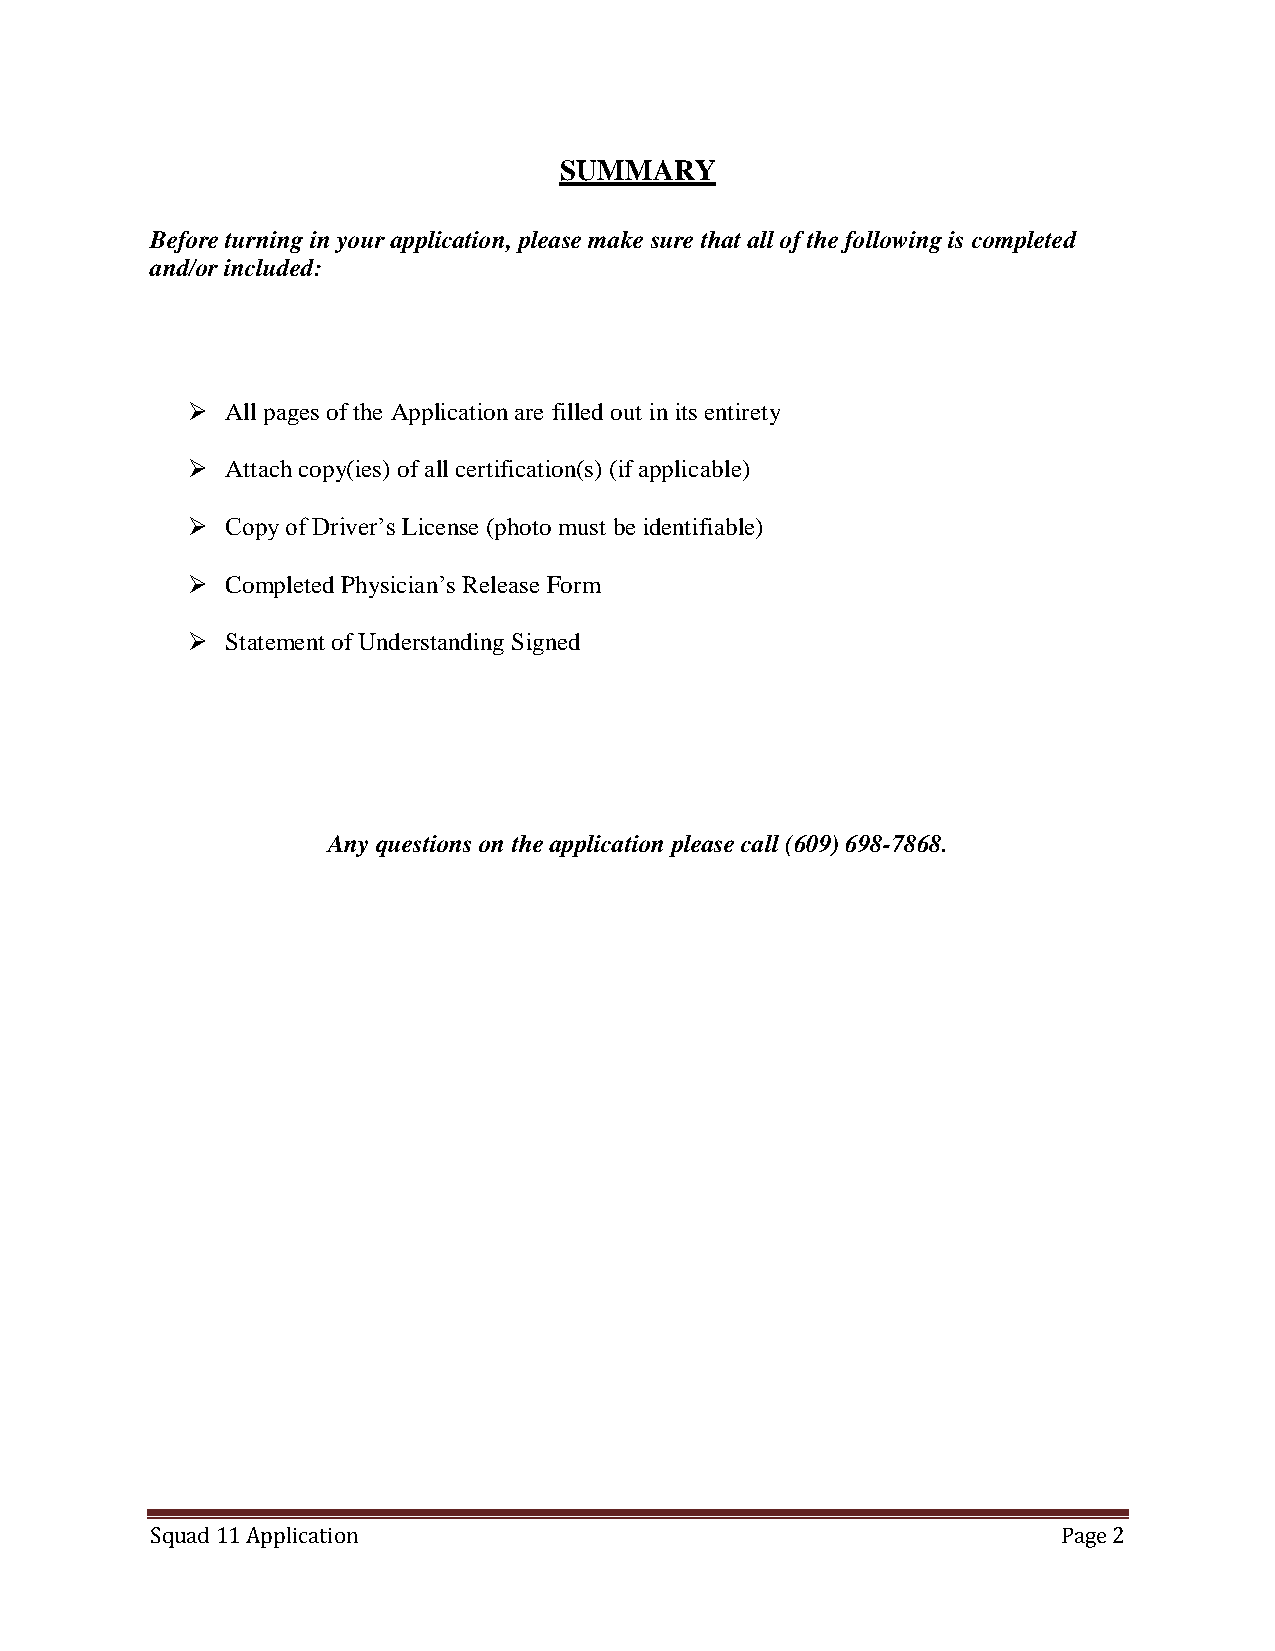
SUMMARY
 Before turning in your application, please make sure that all of the following is completed
 and/or included:
   All pages of the Application are filled out in its entirety
   Attach copy(ies) of all certification(s) (if applicable)
   Copy of Driver’s License (photo must be identifiable)
   Completed Physician’s Release Form
   Statement of Understanding Signed
 Any questions on the application please call (609) 698-7868.
 Squad 11 Application                                        Page 2